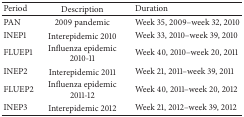
| Period | Description | Duration |
 | --- | --- | --- |
 | PAN | 2009 pandemic | Week 35, 2009–week 32, 2010 |
 | INEP1 | Interepidemic 2010 | Week 33, 2010–week 39, 2010 |
 | FLUEP1 | Influenza epidemic 2010-11 | Week 40, 2010–week 20, 2011 |
 | INEP2 | Interepidemic 2011 | Week 21, 2011–week 39, 2011 |
 | FLUEP2 | Influenza epidemic 2011-12 | Week 40, 2011–week 20, 2012 |
 | INEP3 | Interepidemic 2012 | Week 21, 2012–week 39, 2012 |